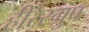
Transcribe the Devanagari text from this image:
हीरेस्ग्रुप